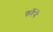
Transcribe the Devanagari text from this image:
फर्रेने